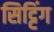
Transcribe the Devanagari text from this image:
सिट्टिंग